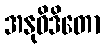
အနုဝိဒိတော